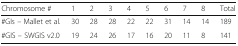
<table><thead><tr><td><b>Chromosome #</b></td><td><b>1</b></td><td><b>2</b></td><td><b>3</b></td><td><b>4</b></td><td><b>5</b></td><td><b>6</b></td><td><b>7</b></td><td><b>8</b></td><td><b>Total</b></td></tr></thead><tbody><tr><td>#GIs – Mallet et al.</td><td>30</td><td>28</td><td>28</td><td>22</td><td>22</td><td>31</td><td>14</td><td>14</td><td>189</td></tr><tr><td>#GIS – SWGIS v2.0</td><td>19</td><td>24</td><td>26</td><td>17</td><td>16</td><td>20</td><td>11</td><td>8</td><td>141</td></tr></tbody></table>